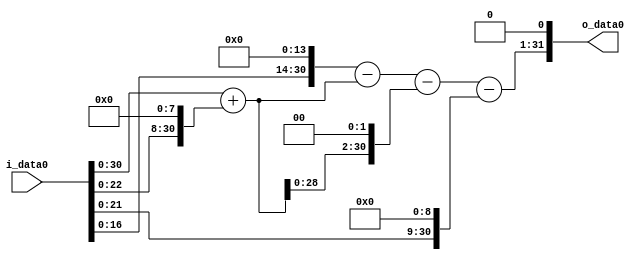
module multiplier_block_13 (
    i_data0,
    o_data0
);
  input   [31:0] i_data0;
  output  [31:0]
    o_data0;
  wire [31:0]
    w1,
    w256,
    w257,
    w16384,
    w16127,
    w1028,
    w15099,
    w512,
    w14587,
    w29174;
  assign w1 = i_data0;
  assign w1028 = w257 << 2;
  assign w14587 = w15099 - w512;
  assign w15099 = w16127 - w1028;
  assign w16127 = w16384 - w257;
  assign w16384 = w1 << 14;
  assign w256 = w1 << 8;
  assign w257 = w1 + w256;
  assign w29174 = w14587 << 1;
  assign w512 = w1 << 9;
  assign o_data0 = w29174;
endmodule